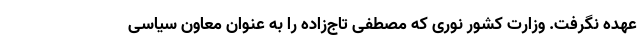
عهده نگرفت. وزارت کشور نوری که مصطفی تاج‌زاده را به عنوان معاون سیاسی